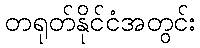
တရုတ်နိုင်ငံအတွင်း